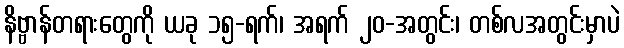
နိဗ္ဗာန်တရားတွေကို ယခု ၁၅-ရက်၊ အရက် ၂၀-အတွင်း၊ တစ်လအတွင်းမှာပဲ